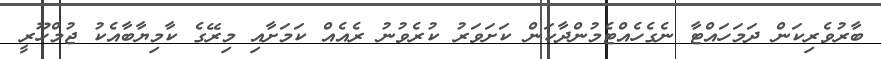
ބާރުވެރިކަން ދަމަހައްޓާ ނެގެހެއްޓެމުންދާކަން ކަށަވަރު ކުރެވުނު ރެއެއް ކަމަށާއި މިރޭގެ ކާމިޔާބާއެކު ޖުމްހޫރީ